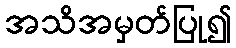
အသိအမှတ်ပြု၍